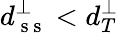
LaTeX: d_{\mathrm{~s~s~}}^{\perp}<d_{T}^{\perp}